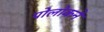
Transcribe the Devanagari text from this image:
पोलोकने